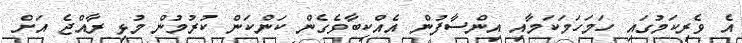
އެ ވެރިކަމުގައި ހަމަހަމަކަމާއި އިންސާފުން އެއްކިބާވެގެން ކަންކަން ކުރުމުން މުޅި ރާއްޖެ އަށް